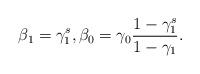
LaTeX: \begin{align*}\beta_1=\gamma_1^s , \beta_0=\gamma_0 \frac{1-\gamma_1^s}{1-\gamma_1} .\end{align*}